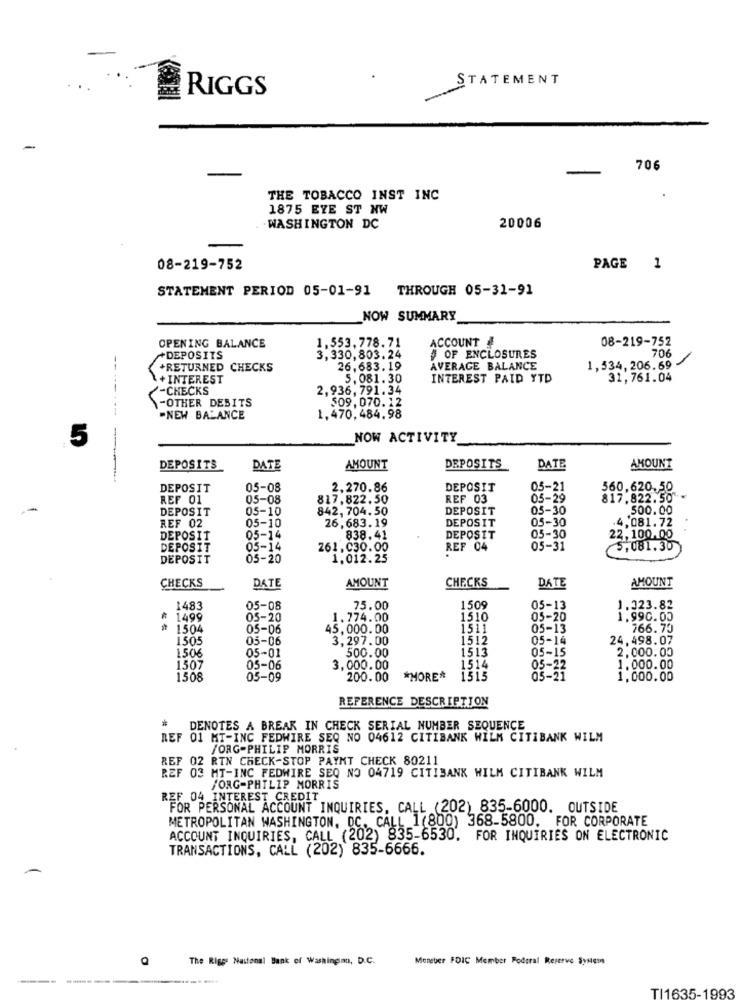
STATEMENT
RIGGS
-
-
706
THE TOBACCO INST INC
1875 EYE ST NW
. . WASHINGTON DC
20006
08-219-752
PAGE 1
STATEMENT PERIOD 05-01-91
THROUGH 05-31-91
NOW SUMMARY
ACCOUNT #
08-219-752
OPENING BALANCE
1.553,778.71
706
+DEPOSITS
3,330,803.24
# OF ENCLOSURES
--
+RETURNED CHECKS
26,683.19
AVERAGE BALANCE
1,534,206.69
+INTEREST
5.081.30
INTEREST PAID YTD
31,761.04
---
-CHECKS
2,936,791.34
-OTHER DESITS
509,070.12
-NEW BALANCE
1,470,484.98
5
NOW ACTIVITY
DEPOSITS
DATE
AMOUNT
DEPOSITS
DATE
AMOUNT
DEPOSIT
05-08
2.270.86
DEPOSIT
05-21
560,620.50
REF 01
05-08
817,822.50
REF 03
05-29
817.822.50 .
DEPOSIT
05-10
842, 704.50
DEPOSIT
05-30
500.00
REF 02
26.683.19
DEPOSIT
05-30
4,081.72
05-10
DEPOSIT
05-14
838.41
DEPOSIT
05-30
22,100.00
DEPOSIT
05-14
261.030.00
REF 04
05-31
5,081.30
DEPOSIT
05-20
1.012.25
CHECKS
CHECKS
AMOUNT
DATE
AMOUNT
DATE
1483
05-08
75.00
1509
05-13
1.323.82
1499
05-20
1.774.00
1510
05-20
1.990.00
1504
05-06
45.000.00
1511
05-13
766.75
1505
05-06
3,297.00
1512
05-14
24,498.07
1506
1513
05-15
2.000.00
05-01
500.00
1514
1507
05-06
3,000.00
05-22
1.000.00
1508
05-09
200.00
*MORE*
1515
05-21
1.000.00
REFERENCE DESCRIPTION
*
DENOTES A BREAK IN CHECK SERIAL NUMBER SEQUENCE
REF 01 MT-INC FEDWIRE SEQ NO 04612 CITIBANK WILM CITIBANK WILM
/ORG-PHILIP MORRIS
REF 02 RIN CHECK-STOP PAYKT CHECK 80211
REF 03 MT-INC FEDWIRE SEQ NO 04719 CITIBANK WILM CITIBANK WILM
/ORG-PHILIP MORRIS
REF 04 INTEREST CREDIT
FOR PERSONAL ACCOUNT INQUIRIES, CALL (202) 835-6000. OUTSIDE
METROPOLITAN WASHINGTON, DC. CALL_1(800) 368-5800. FOR CORPORATE
ACCOUNT INQUIRIES, CALL (202) 835-6530. FOR INQUIRIES ON ELECTRONIC
TRANSACTIONS, CALL (202) 835-6666.
Q
The Rigge National Bank of Washington, D.C.
Monster FDIC Member Poderal Reserve System
---
TI1635-1993